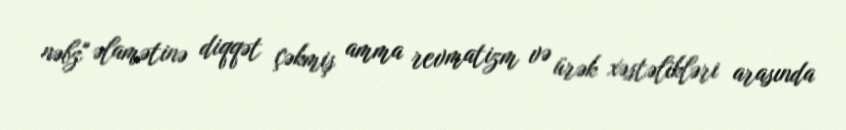
nəbz" əlamətinə diqqət çəkmiş amma revmatizm və ürək xəstəlikləri arasında